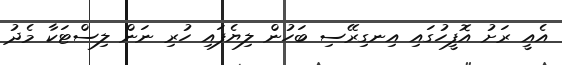
އެއީ ރަށު އޮފީހުގައި އިނގިރޭސި ބަހުން ލިޔެފައި ހުރި ނަން ލިސްޓަކާ މެދު